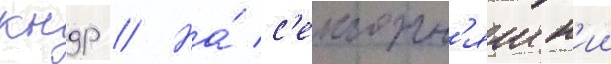
кндр // На́ с'егодн'яшн'ии